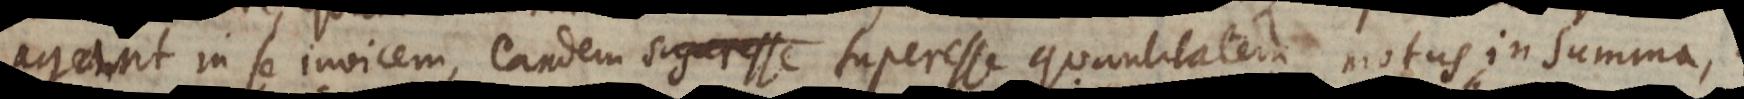
agant in se invicem, eandem superesse quantitatem motus in summa,